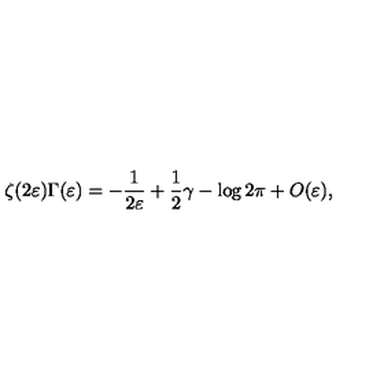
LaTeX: \zeta ( 2 \varepsilon ) \Gamma ( \varepsilon ) = - \frac 1 { 2 \varepsilon } + \frac 1 2 \gamma - \log 2 \pi + O ( \varepsilon ) ,